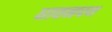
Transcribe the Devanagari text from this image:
धावनपथ